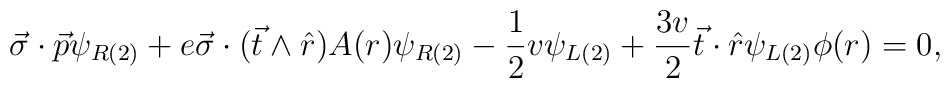
\vec{\sigma} \cdot \vec{p} \psi_{R(2)} + e \vec{\sigma} \cdot   (\vec{t} \wedge \hat{r}) A(r) \psi_{R(2)} - \frac{1} {2} v   \psi_{L(2)} + \frac{3 v}{2}  \vec{t} \cdot \hat{r}   \psi_{L(2)} \phi(r) = 0,